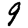
Digit: 9